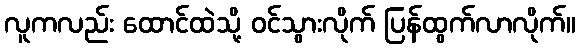
လူကလည်း ထောင်ထဲသို့ ဝင်သွားလိုက် ပြန်ထွက်လာလိုက်။